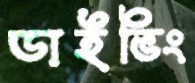
ডাইভিং